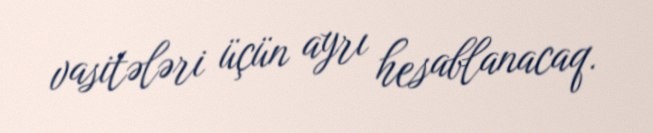
vasitələri üçün ayrı hesablanacaq.